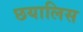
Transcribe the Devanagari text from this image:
छयालिस